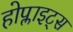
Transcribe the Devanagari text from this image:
होप्लाइट्स